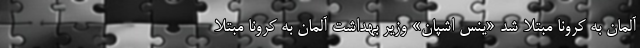
آلمان به کرونا مبتلا شد «ینس اشپان» وزیر بهداشت آلمان به کرونا مبتلا